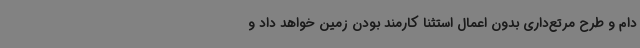
دام و طرح مرتع‌داری بدون اعمال استثنا کارمند بودن زمین خواهد داد و